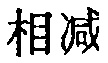
相减